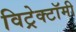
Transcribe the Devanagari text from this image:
विट्रेक्टॉमी